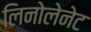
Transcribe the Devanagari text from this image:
लिनोलेनेट